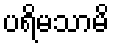
ပရိမသာမိ